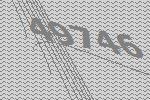
49746